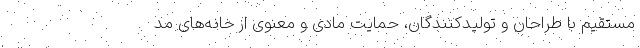
مستقیم با طراحان و تولیدکنندگان، حمایت مادی و معنوی از خانه‌های مد